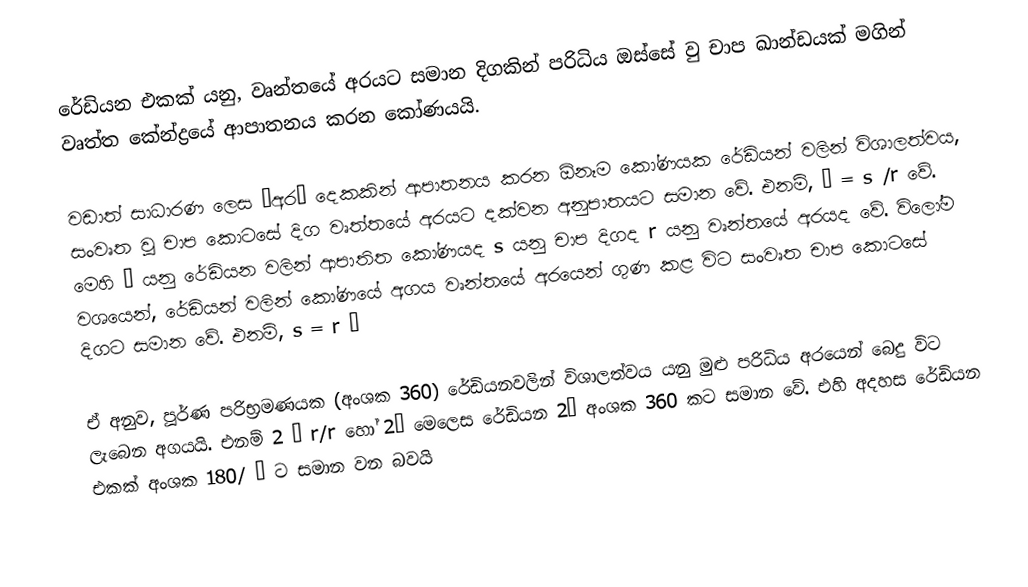
රේඩියන එකක් යනු, වෘන්තයේ අරයට සමාන දිගකින් පරිධිය ඔස්සේ වු චාප ඛාන්ඩයක් මගින් වෘත්ත කේන්ද්‍රයේ ආපාතනය කරන කෝණයයි.

වඩාත් සාධාරණ ලෙස “අර” දෙකකින් ආපාතනය කරන ඕනෑම කෝණයක රේඩියන් වලින් විශාලත්වය, සංවෘත වූ චාප කොට‍සේ දිග වෘත්තයේ අරයට දක්වන අනුපාතයට සමාන වේ. එනම්, θ = s /r වේ. මෙහි θ  යනු රේඩියන වලින් ආපාතිත කෝණයද s යනු චාප දිගද r යනු වෘන්තයේ අරයද වේ. විලෝම වශයෙන්, රේඩියන් වලින් කෝණයේ අගය වෘන්තයේ අරයෙන් ගුණ කළ විට සංවෘත චාප කොටසේ දිගට සමාන වේ. එනම්, s = r θ

ඒ අනුව, පූර්ණ පරිභ්‍රමණයක (අංශක 360) රේඩියනවලින් විශාලත්වය යනු මුළු පරිධිය අරයෙන් බෙදු විට ලැබෙන අගයයි. එනම් 2 π r/r හෝ 2π  මෙලෙස රේඩියන 2π   අංශක 360 කට සමාන වේ. එහි අදහස රේඩියන එකක්  අංශක 180/ π ට සමාන වන බවයි